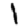
Digit: 1